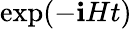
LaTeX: \exp(-\mathbf{i}Ht)